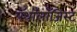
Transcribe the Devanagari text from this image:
पॅथॉलॉजिस्ट